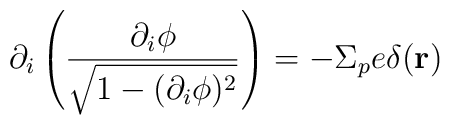
\partial_i \left(\frac{\partial_i \phi}{\sqrt{1-(\partial_i \phi)^2}}\right) = -\Sigma_p e\delta({\bf r})